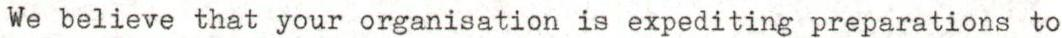
We believe that your organisation is expediting preparations to